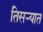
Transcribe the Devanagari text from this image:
तिसर्‍यात